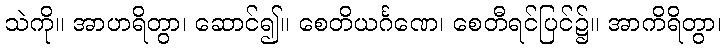
သဲကို။ အာဟရိတွာ၊ ဆောင်၍။ စေတိယင်္ဂဏေ၊ စေတီရင်ပြင်၌။ အာကိရိတွာ၊